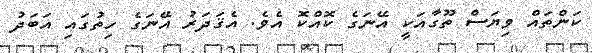
ކަންތައް ވިޔަސް ތޫގާއަކީ އޭނަގެ ކޮއްކޮ އެވެ. އެޤަދަރު އޭނަގެ ހިތުގައި އަބަދު